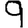
Digit: 9